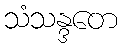
သံသန္ဒတေ